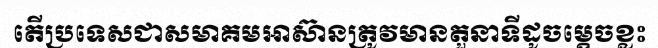
តើប្រទេសជាសមាគមអាស៊ានត្រូវមានតួនាទីដូចម្តេចខ្លះ